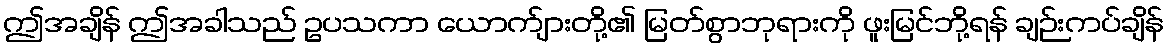
ဤအချိန် ဤအခါသည် ဥပသကာ ယောက်ျားတို့၏ မြတ်စွာဘုရားကို ဖူးမြင်ဘို့ရန် ချဉ်းကပ်ချိန်